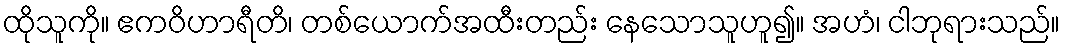
ထိုသူကို။ ဧကဝိဟာရီတိ၊ တစ်ယောက်အထီးတည်း နေသောသူဟူ၍။ အဟံ၊ ငါဘုရားသည်။